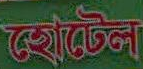
হোটেল